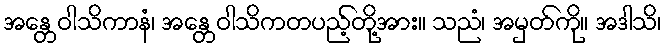
အန္တေဝါသိကာနံ၊ အန္တေဝါသိကတပည့်တို့အား။ သညံ၊ အမှတ်ကို။ အဒါသိ၊